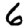
Digit: 6